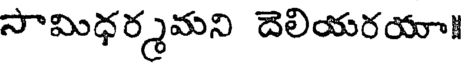
సామిధర్మమని దెలియరయా